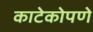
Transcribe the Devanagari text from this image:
काटेकोपणे